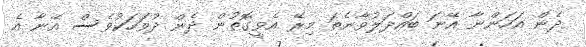
ދެން އަހަންނާ އޭނަ ބައްދަލުވާނެތަ މިރޭ އެވީގޮތުން ދެން ދުވަހަކުވެސް އޭނާ އެ